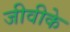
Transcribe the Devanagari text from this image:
जीवीके